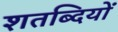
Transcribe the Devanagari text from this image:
शतब्दियों